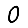
Digit: 0